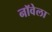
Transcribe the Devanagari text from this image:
नॉवेला